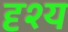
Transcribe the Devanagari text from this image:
दृश्‍य